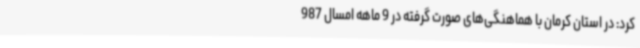
کرد: در استان کرمان با هماهنگی‌های صورت گرفته در 9 ماهه امسال 987